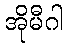
အိုမီဂါ